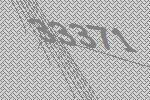
33371